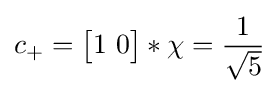
c_{+}={\begin{bmatrix}1\ 0\\\end{bmatrix}}*\chi ={1 \over {\sqrt {5}}}